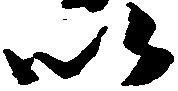
以